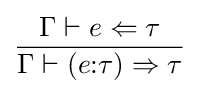
{\frac {\Gamma \vdash e\Leftarrow \tau }{\Gamma \vdash (e{\mathbin {:}}\tau )\Rightarrow \tau }}